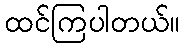
ထင်ကြပါတယ်။